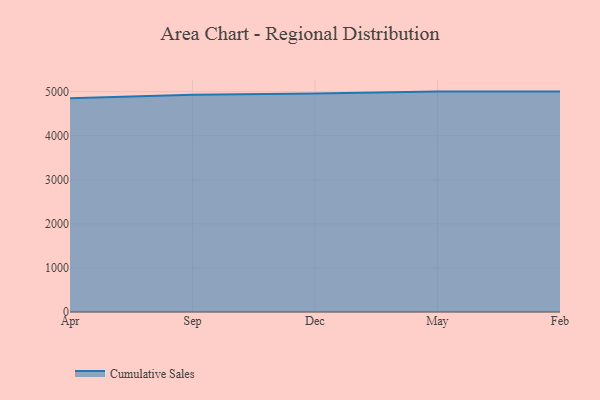
{"axis": {"x": "Month", "y": "Market Share (%)"}, "legend": ["Cumulative Sales"], "data": [{"x": "Apr", "y": 4851.1, "type": "Cumulative Sales"}, {"x": "Sep", "y": 4927.0, "type": "Cumulative Sales"}, {"x": "Dec", "y": 4958.4, "type": "Cumulative Sales"}, {"x": "May", "y": 5000, "type": "Cumulative Sales"}, {"x": "Feb", "y": 5000, "type": "Cumulative Sales"}]}